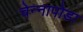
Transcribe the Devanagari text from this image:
चेन्‍नापोडा